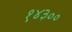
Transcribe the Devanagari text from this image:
१४३००